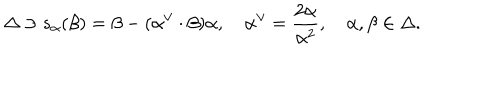
\Delta \ni s _ { \alpha } ( \beta ) = \beta - ( \alpha ^ { \vee } \cdot \beta ) \alpha , \quad \alpha ^ { \vee } = { \frac { 2 \alpha } { \alpha ^ { 2 } } } , \quad \alpha , \beta \in \Delta .